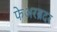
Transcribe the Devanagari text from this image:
फेअरब्रदर